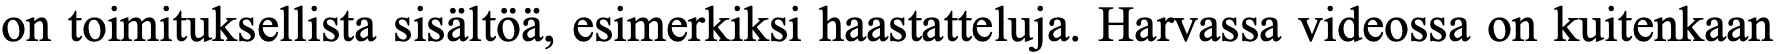
on toimituksellista sisältöä, esimerkiksi haastatteluja. Harvassa videossa on kuitenkaan